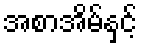
အစာအိမ်နှင့်